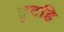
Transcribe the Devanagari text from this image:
छूटहि